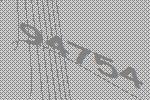
94754